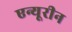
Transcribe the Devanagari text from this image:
एन्यूरीन